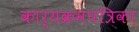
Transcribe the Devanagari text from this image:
कार्यक्रमपत्रिका